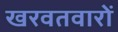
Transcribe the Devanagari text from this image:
खरवतवारों